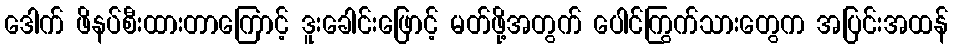
ဒေါက် ဖိနပ်စီးထားတာကြောင့် ဒူးခေါင်းဖြောင့် မတ်ဖို့အတွက် ပေါင်ကြွက်သားတွေက အပြင်းအထန်